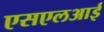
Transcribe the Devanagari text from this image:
एसएलआई